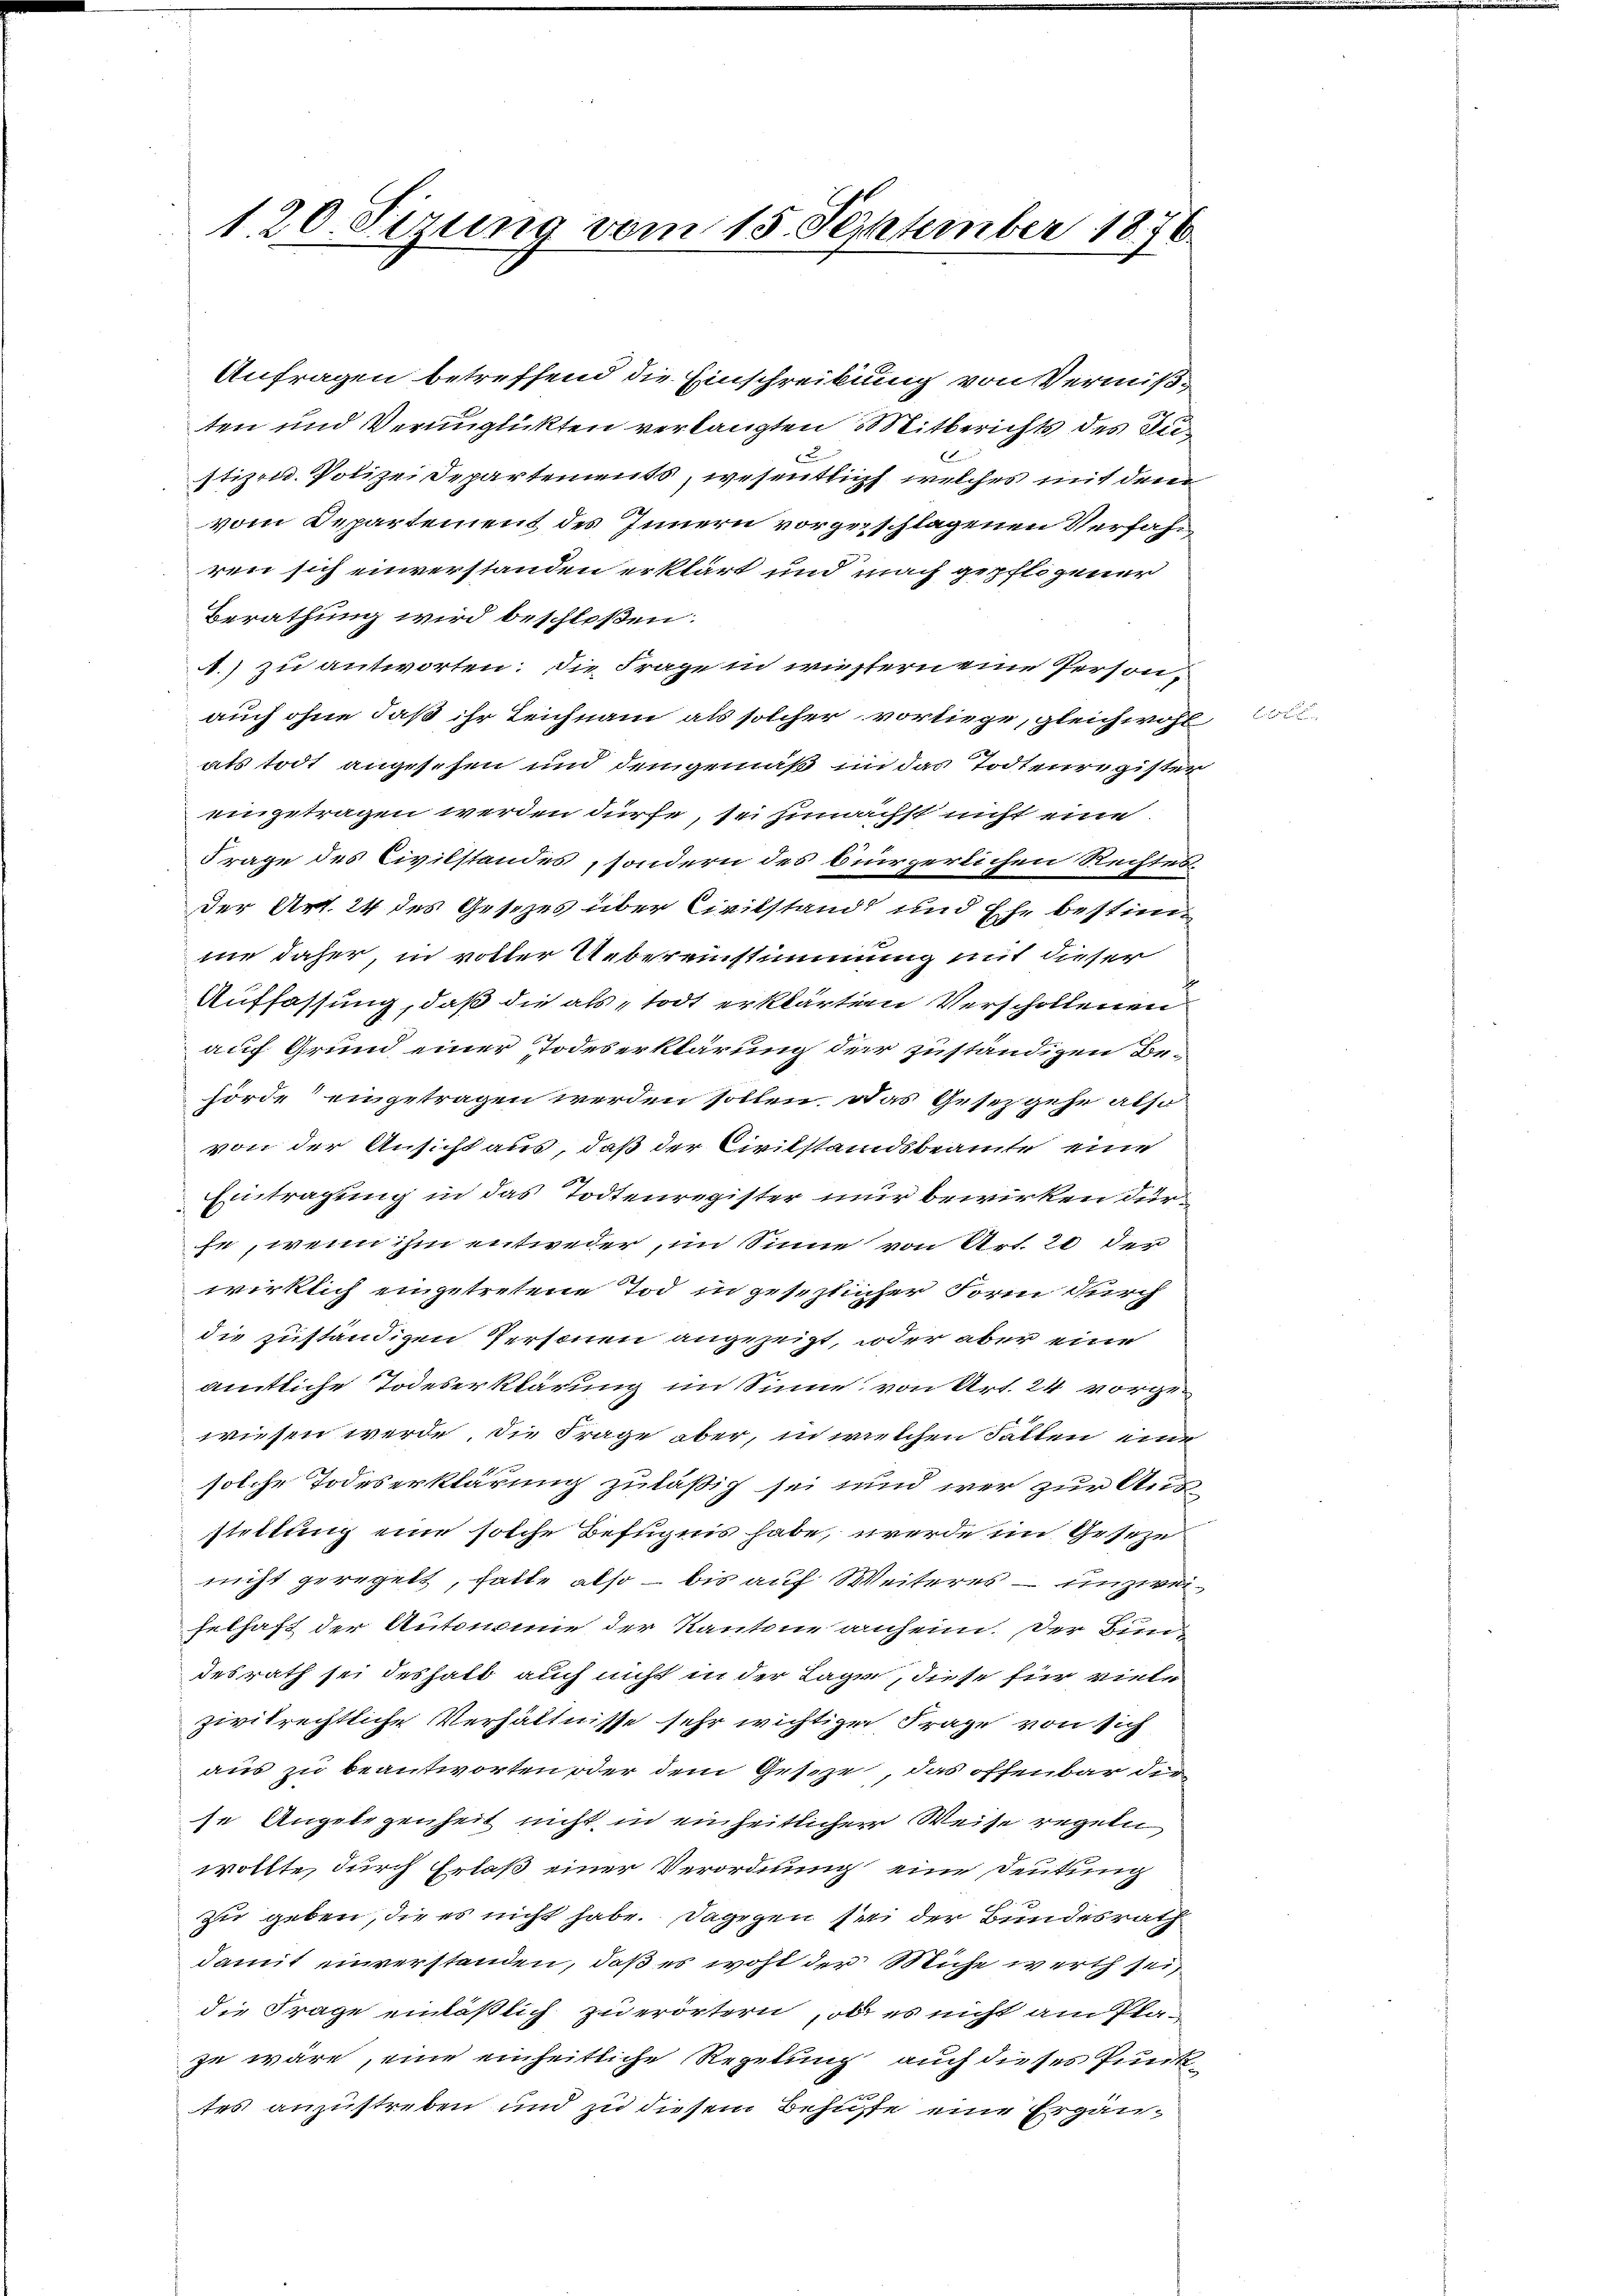
120. Sizung vom 15. September 1876.

Anfragen betreffend die Einschreibung von Vermiß
ten und Verunglückten verlangten Mitberichts des Sutizen. Polizei Departements, wesentlich welches mit dem
vom Departement des Innern vorgeschlagenen Verfahr
ren sich einverstanden erklärt und nach gepflogener
Berathung wird beschloßen:
A.) zu antworten: Die Frage in wiestern eine Persond
auch ohne daß ihr Leichnam als solcher vorliege, gleichwohl
als todt angesehen und demgemäß in das Todtenregister
eingetragen werden dürfe, sei zunächst nicht eine
Frage des Civilstandes, sondern des bürgerlichen Rechtes.
Der Art. 24 des Gesezes über Civilstandt und Ehe bestim
nie daher, in voller Uebereinstimmung mit dieser
Auffassung, daß die als „todt erklärten Verschollenen
auf Grund einer Todeserklärung der zuständigen Be-
hörde eingetragen werden sollen. Das Gesezgehe also
von der Ansicht aus, daß der Civilstandsbeamte eine
Eintragung in das Todtenregister nur bewirken dürfe, wenn ihm entweder, im Sinne von Art. 20 der
wirklich eingetretene Tod in gesezlicher Form durch
die zuständigen Personen angezeigt, woder aber eine
amtliche Todeserklärung im Sinne von Art. 24 vorzuwiesen werde, die Frage aber, in welchen Fallen eine
solche Todeserklärung zuläßig sei und wer zur Ausstellung eine solche Befugnis habe, werde im Geseze
nicht geregelt, halte also – bis auf Weiteres – unzweifelhaft der Autonomie der Kantone anheim. Der Bundesrath sei deshalb auch nicht in der Lage, diese für vielzivilrechtliche Verhältnisse sehr wichtige Frage von sich
aus zu beantworten oder dem Geseze, das offenbar dirse Angelegenheit nicht in einheitlicher Weise regeln
wollte, durch Erlaß einer Verordnung eine Deutung
zu geben, die es nicht habe. Dagegen sei der Bundesrath
damit einverstanden, daß es wohl der Mühe werth sei,
die Frage einläßlich zu erörtern, ob es nicht am Plaze wäre, eine einheitliche Regelung auch dieses Punktes anzustreben und zu diesem Behufe eine Ergän¬